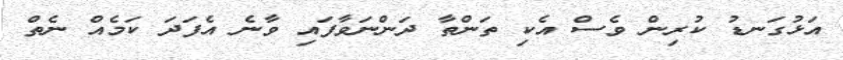
އަޅުގަނޑު ކުރިން ވެސް އެކި ތަންތާ ދަންނަވާފައި ވާނެ އެފަދަ ކަމެއް ނެތް